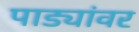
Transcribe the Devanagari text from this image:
पाड्यांवर